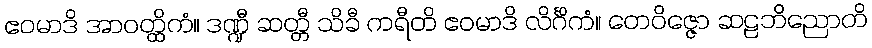
ဧဝမာဒိ အာဝတ္ထိကံ။ ဒဏ္ဍီ ဆတ္တီ သိခီ ကရီတိ ဧဝမာဒိ လိင်္ဂိကံ။ တေဝိဇ္ဇော ဆဠဘိညောတိ